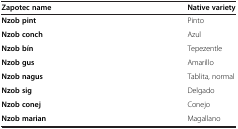
<table><thead><tr><td><b>Zapotec name</b></td><td><b>Native variety</b></td></tr></thead><tbody><tr><td><b>Nzob pint</b></td><td>Pinto</td></tr><tr><td><b>Nzob conch</b></td><td>Azul</td></tr><tr><td><b>Nzob bín</b></td><td>Tepezentle</td></tr><tr><td><b>Nzob gus</b></td><td>Amarillo</td></tr><tr><td><b>Nzob nagus</b></td><td>Tablita, normal</td></tr><tr><td><b>Nzob sig</b></td><td>Delgado</td></tr><tr><td><b>Nzob conej</b></td><td>Conejo</td></tr><tr><td><b>Nzob marian</b></td><td>Magallano</td></tr></tbody></table>